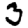
Digit: 3